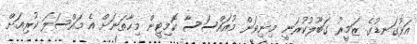
އަޅުގަނޑުގެ ޒަމީރު ގަބޫލުކުރަނީ މިނިވަން މުއައްސަސާ ކޮމިޓީން މިހާތަނަށް އެ މައްސަލަ ކުރިއަށް